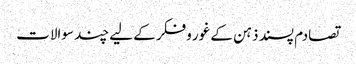
تصادم پسند ذہن کے غور وفکر کے لیے چند سوالات